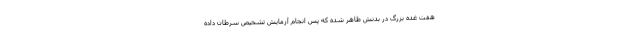
هفت غده بزرگ در بدنش ظاهر شده که پس انجام آزمایش تشخیص سرطان داده